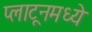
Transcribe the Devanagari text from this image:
प्लाटूनमध्ये